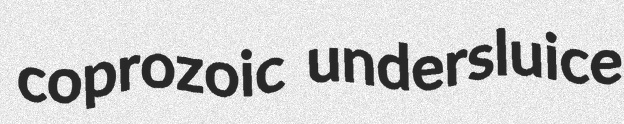
coprozoic undersluice